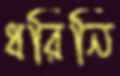
ধরিনি